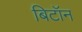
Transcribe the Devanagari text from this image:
बिटॉन